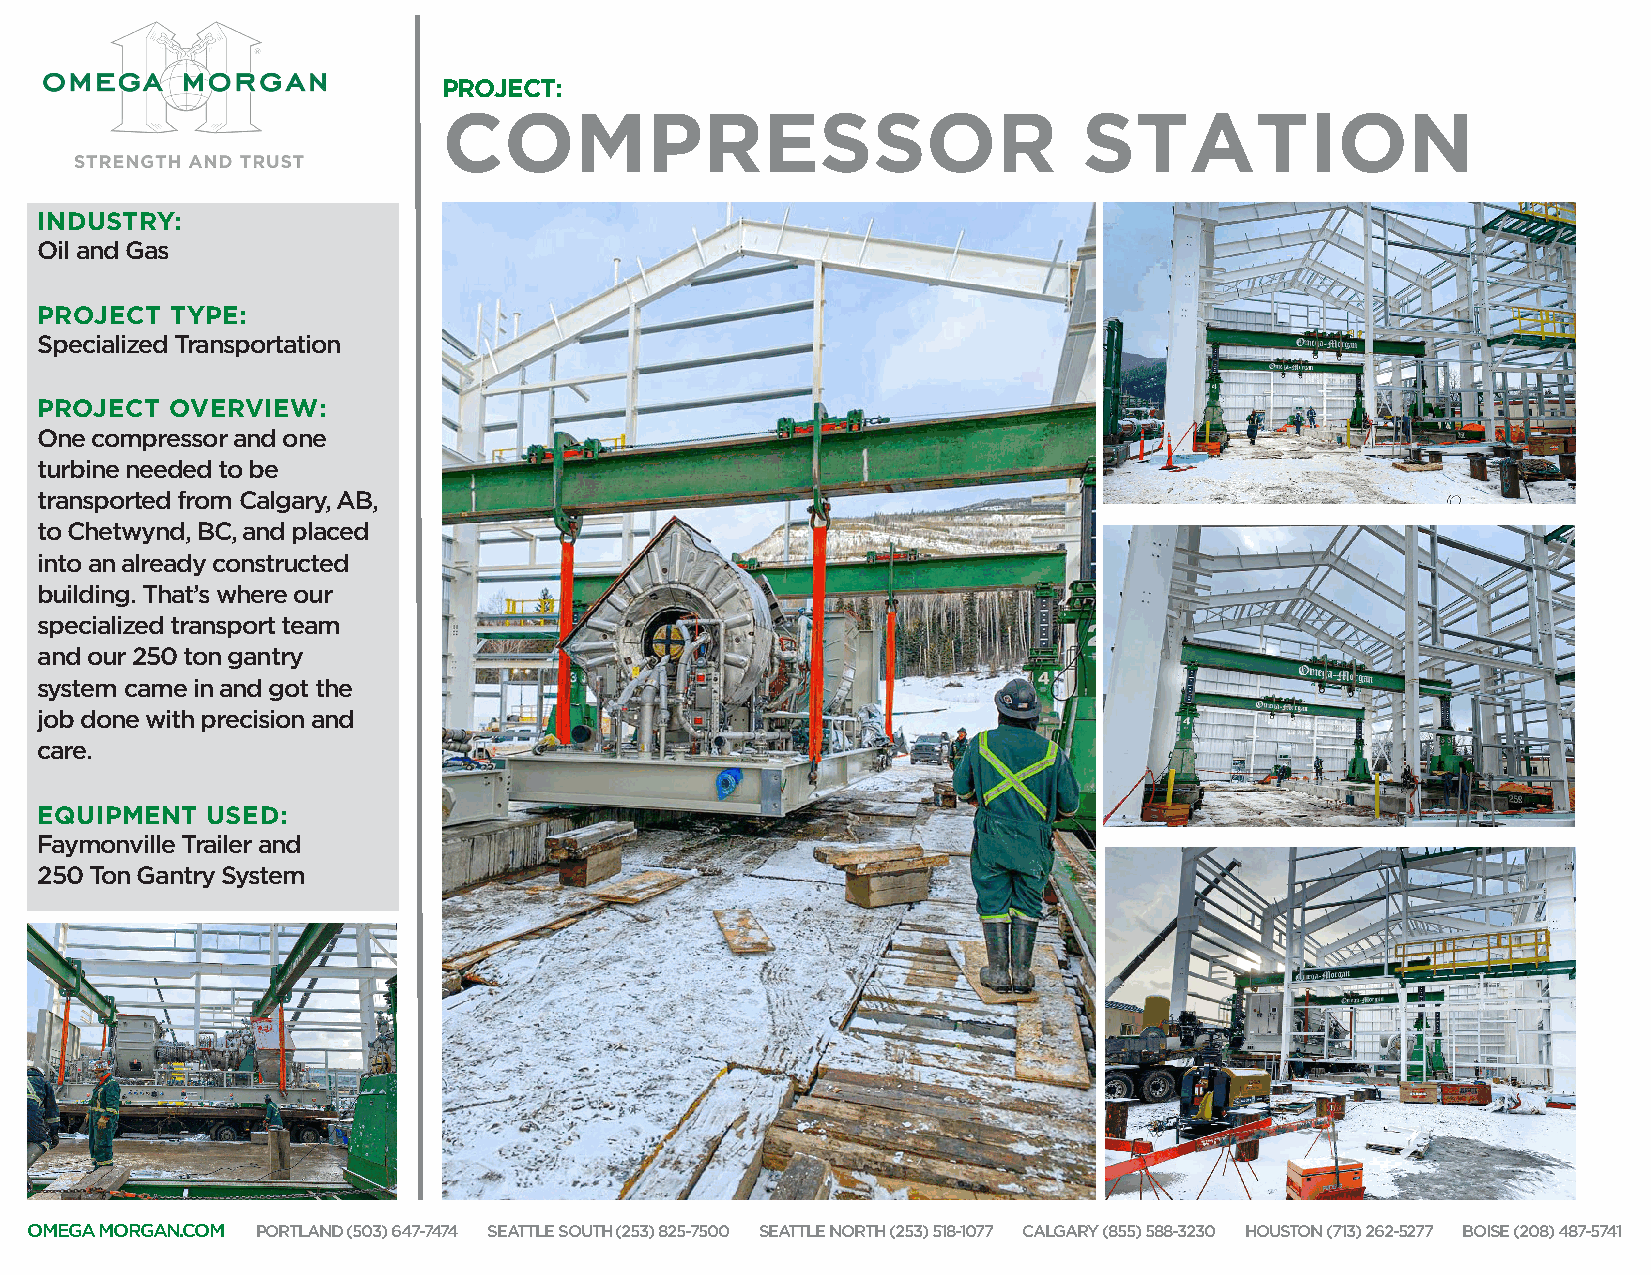
PROJECT:
 COMPRESSOR                                 STATION
 INDUSTRY:
 Oil and Gas
 PROJECT  TYPE:
 Specialized Transportation
 PROJECT  OVERVIEW:
 One compressor and one
 turbine needed to be
 transported from Calgary, AB,
 to Chetwynd, BC, and placed
 into an already constructed
 building. That’s where our
 specialized transport team
 and our 250 ton gantry
 system came in and got the
 job done with precision and
 care.
 EQUIPMENT   USED:
 Faymonville Trailer and
 250 Ton Gantry System
 OMEGA MORGAN.COM PORTLAND (503) 647-7474 SEATTLE SOUTH (253) 825-7500 SEATTLE NORTH (253) 518-1077 CALGARY (855) 588-3230 HOUSTON (713) 262-5277 BOISE (208) 487-5741